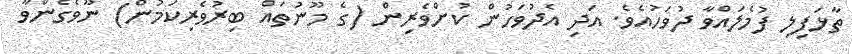
ތާޅަފިލި ފުމެލައްވާ ދުވަހުއެވެ. އަދި އެދުވަހުން ކުށްވެރިން (ގެ މޫނުތައް ބިރުވެރިކަމުން) ނޫވެގެންވާ